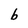
Character: b